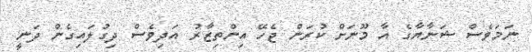
ނަމަވެސް ޝަނާޔާގެ އާ މޫނަށް ކުރަން ޖެހޭ އިންތިޒާރު އަދިވެސް ދިގުލައިގެން ދަނީ